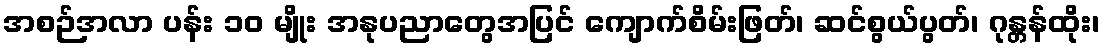
အစဉ်အလာ ပန်း ၁၀ မျိုး အနုပညာတွေအပြင် ကျောက်စိမ်းဖြတ်၊ ဆင်စွယ်ပွတ်၊ ဂုန္တန်ထိုး၊